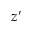
z ^ { \prime }